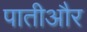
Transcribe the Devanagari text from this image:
पातीऔर